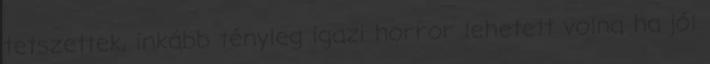
tetszettek, inkább tényleg igazi horror lehetett volna ha jól